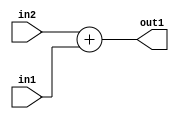
`timescale 1ps / 1ps
/*****************************************************************************
    Verilog RTL Description
    
    
    Created by: Stratus DpOpt 2019.1.01 
*******************************************************************************/

module fix2float_Add_23Sx1U_23S_1 (
	in2,
	in1,
	out1
	); /* architecture "behavioural" */ 
input [22:0] in2;
input  in1;
output [22:0] out1;
wire [22:0] asc001;

assign asc001 = 
	+(in2)
	+(in1);

assign out1 = asc001;
endmodule

/* CADENCE  urn3Twk= : u9/ySgnWtBlWxVPRXgAZ4Og= ** DO NOT EDIT THIS LINE ******/